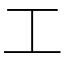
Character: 工